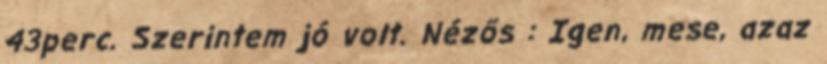
43perc. Szerintem jó volt. Nézős : Igen, mese, azaz